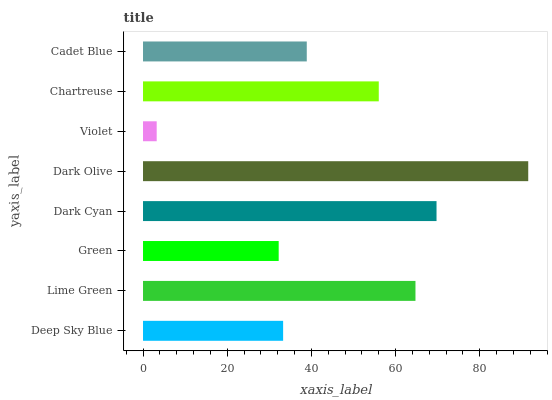
| yaxis_label | bars |
 | --- | --- |
 | Deep Sky Blue | 33.3 |
 | Lime Green | 64.7 |
 | Green | 32.2 |
 | Dark Cyan | 69.7 |
 | Dark Olive | 91.5 |
 | Violet | 3.25 |
 | Chartreuse | 56 |
 | Cadet Blue | 38.9 |